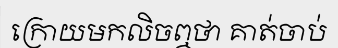
ក្រោយមកលិចឮថា គាត់ចាប់